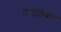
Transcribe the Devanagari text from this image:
तेगोतबर